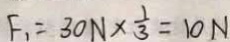
F _ { 1 } = 3 0 N \times \frac { 1 } { 3 } = 1 0 N